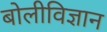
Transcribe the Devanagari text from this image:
बोलीविज्ञान